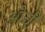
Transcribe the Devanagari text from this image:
ओर्ची